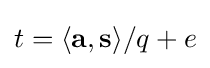
t=\langle \mathbf {a} ,\mathbf {s} \rangle /q+e